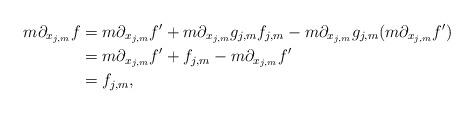
LaTeX: \begin{align*} m\partial_{x_{j,m}}f&=m\partial_{x_{j,m}}f'+m\partial_{x_{j,m}}g_{j,m}f_{j,m}-m\partial_{x_{j,m}}g_{j,m}(m\partial_{x_{j,m}}f')\\ &=m\partial_{x_{j,m}}f'+f_{j,m}-m\partial_{x_{j,m}}f'\\ &=f_{j,m},\end{align*}